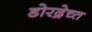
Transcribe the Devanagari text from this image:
डोरद्रेच्त